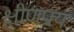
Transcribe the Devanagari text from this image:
क्षीणप्राय